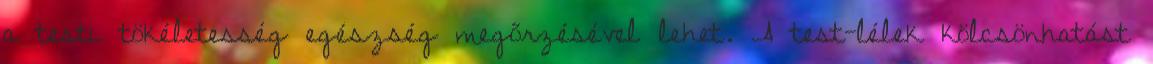
a testi tökéletesség egészség megőrzésével lehet. A test-lélek kölcsönhatást